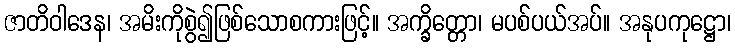
ဇာတိဝါဒေန၊ အမိးကိုစွဲ၍ဖြစ်သောစကားဖြင့်။ အက္ခိတ္တော၊ မပစ်ပယ်အပ်။ အနုပကုဋ္ဌော၊